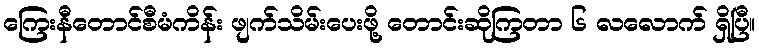
ကြေးနီတောင်စီမံကိန်း ဖျက်သိမ်းပေးဖို့ တောင်းဆိုကြတာ ၆ လလောက် ရှိပြီ။